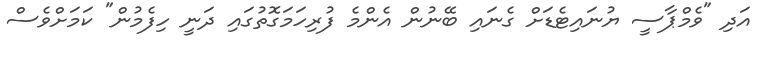
އަދި "ވެމްޕާސީ ޔުނައިޓެޑަށް ގެނައި ބޭނުން އެންމެ ފުރިހަމަގޮތުގައި ދަނީ ހިފެމުން" ކަމަށްވެސް